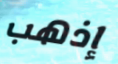
إذهب